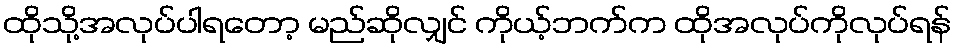
ထိုသို့အလုပ်ပါရတော့ မည်ဆိုလျှင် ကိုယ့်ဘက်က ထိုအလုပ်ကိုလုပ်ရန်